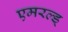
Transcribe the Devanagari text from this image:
एमरल्ड्